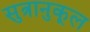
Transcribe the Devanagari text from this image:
सुत्रानुकूल